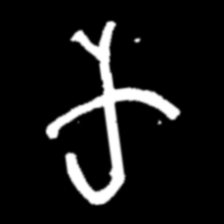
Pyu character \u2014 Myanmar letter: က (romanized: ka)